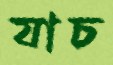
যাচ